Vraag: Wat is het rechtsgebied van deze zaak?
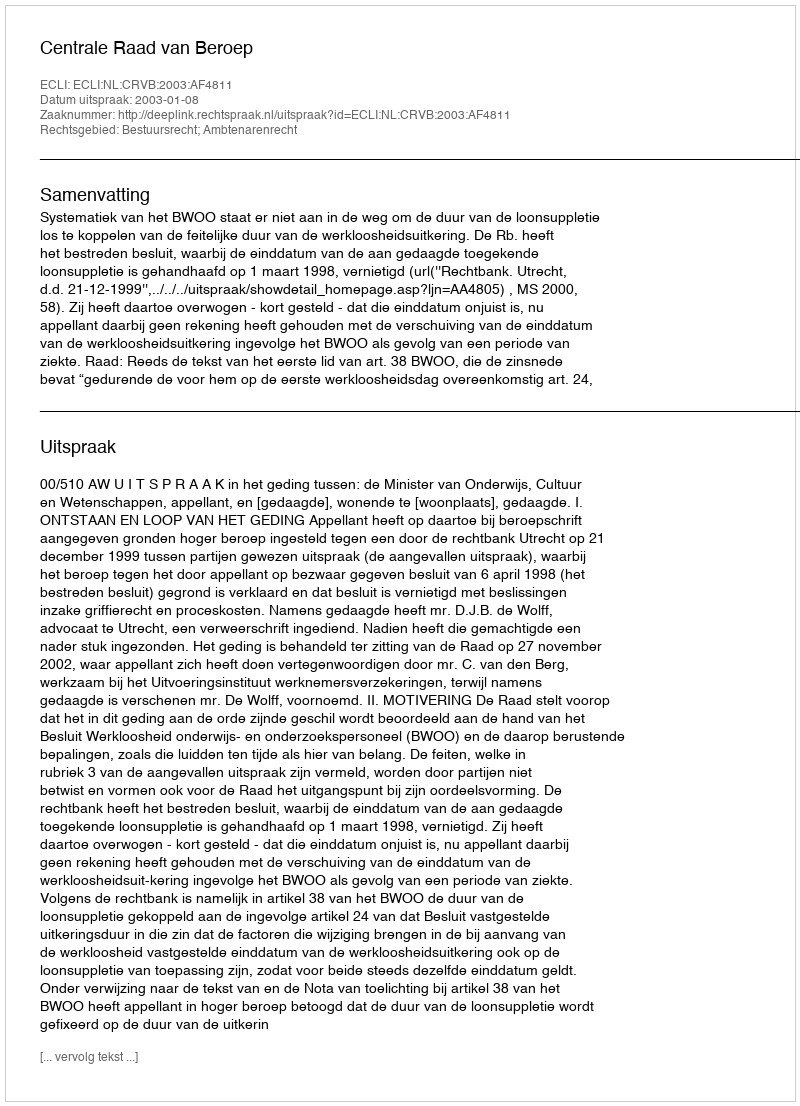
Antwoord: Bestuursrecht; Ambtenarenrecht